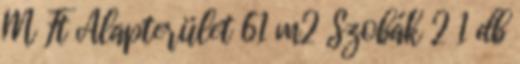
M Ft Alapterület 61 m2 Szobák 2 1 db